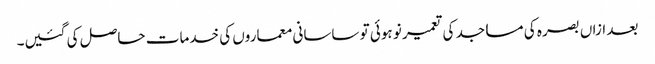
بعد ازاں بصرہ کی مساجد کی تعمیر نو ہوئی تو ساسانی معماروں کی خدمات حاصل کی گئیں۔